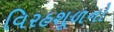
વિરહશૂળનો